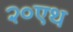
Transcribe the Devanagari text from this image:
२०एथ